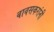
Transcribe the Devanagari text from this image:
बावसकरांनी